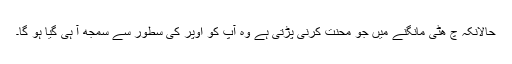
حالانکہ چ ھٹی مانگنے میں جو محنت کرنی پڑتی ہے وہ آپ کو اوپر کی سطور سے سمجھ آ ہی گیا ہو گا۔